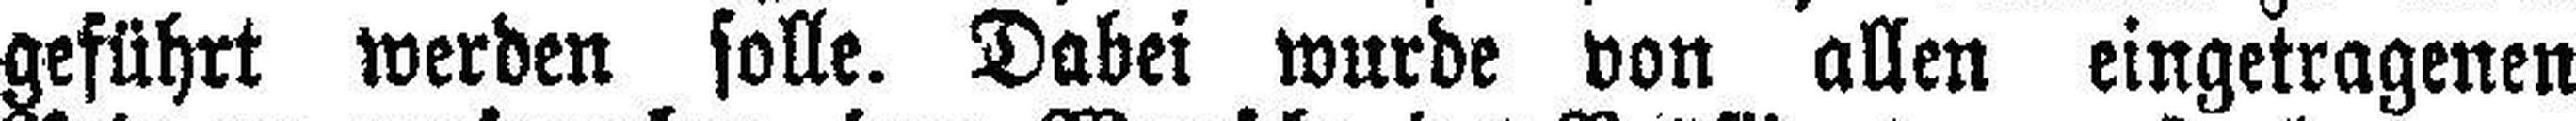
geführt werden solle. Dabei wurde von allen eingetragenen